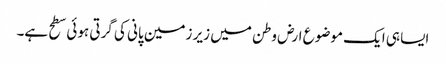
ایسا ہی ایک موضوع ارض وطن میں زیر زمین پانی کی گرتی ہوئی سطح ہے۔